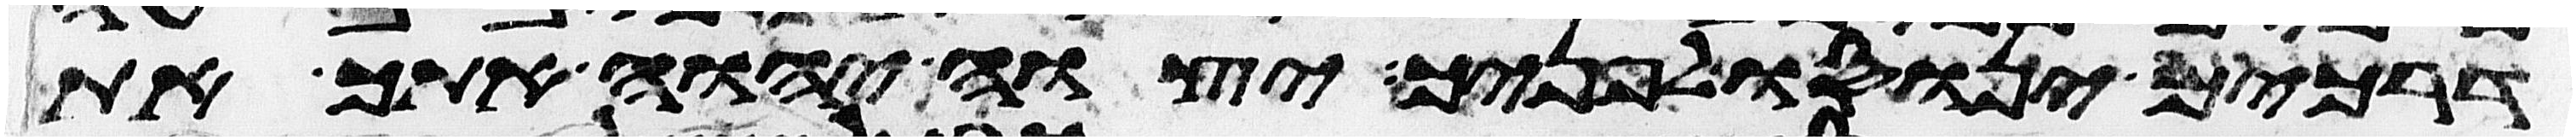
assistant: דרכים ינוסו לפניך יצוה יהוה אתך את